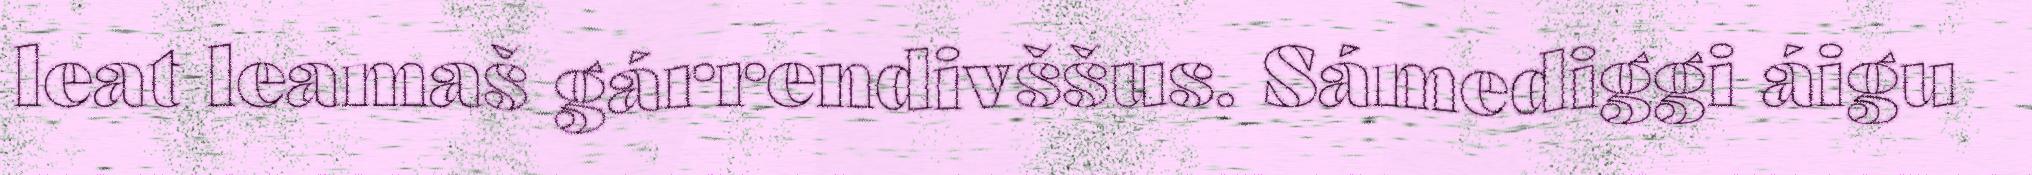
leat leamaš gárrendivššus. Sámediggi áigu